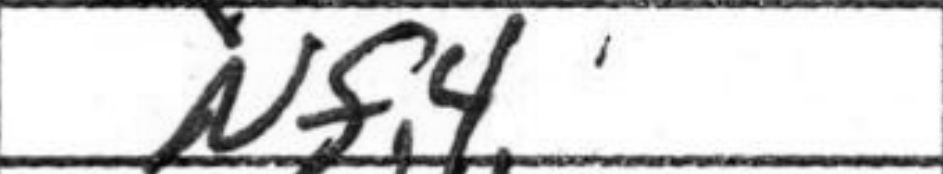
Transcription: Nf4